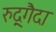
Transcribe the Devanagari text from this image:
रुद्र्गैदा